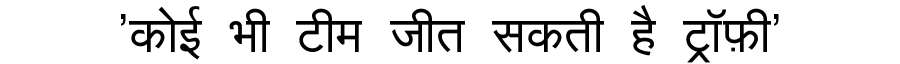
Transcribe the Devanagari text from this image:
'कोई भी टीम जीत सकती है ट्रॉफ़ी'